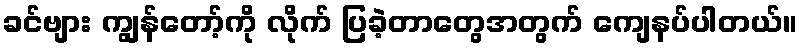
ခင်ဗျား ကျွန်တော့်ကို လိုက် ပြခဲ့တာတွေအတွက် ကျေနပ်ပါတယ်။